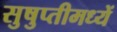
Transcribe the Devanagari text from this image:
सुषुप्तीमध्यें